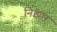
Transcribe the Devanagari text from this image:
निझार